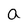
Character: a